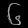
Digit: ၆